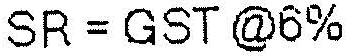
SR = GST @6%